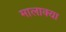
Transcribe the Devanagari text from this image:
मालाक्‍या